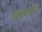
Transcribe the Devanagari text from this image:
उच्चन्याधीष